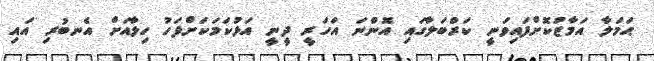
ޙަމަލާ އަމާޒުކޮށްފައިވަނީ ކަރްބަލާގައި އޮންނަ އަހަރީ ދީނީ އަޅުކަމަކަށްފަހު ހިލާއަށް އެނބުރި އައި